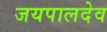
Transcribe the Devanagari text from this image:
जयपालदेव